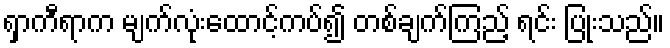
ရှာကီရာက မျက်လုံးထောင့်ကပ်၍ တစ်ချက်ကြည့် ရင်း ပြုံးသည်။